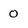
Character: 0